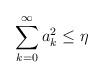
LaTeX: \begin{align*}\sum_{k=0}^{\infty}a_{k}^{2}\leq\eta\end{align*}